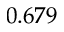
0 . 6 7 9